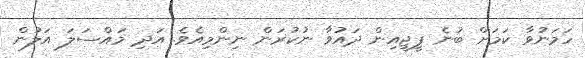
ހަމަނުވާ ކަމަށް ބުނެ ޕީޖީއިން ދައުވާ ނުކުރަން ނިންމިއެވެ. އަދި މައްސަލަ އަލުން